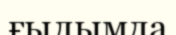
ғылымда